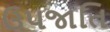
ઉપજાતિ